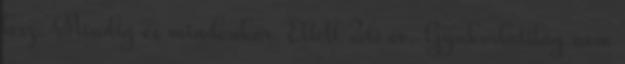
lesz. Mindig és mindenkor. Eltelt 26 év. Gyakorlatilag nem